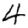
Digit: 4